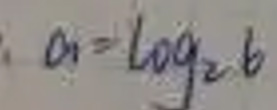
\[
a = \log_2 b
\]